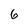
Character: 6